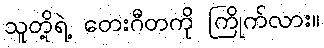
သူတို့ရဲ့ တေးဂီတကို ကြိုက်လား။